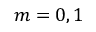
m = 0 , 1